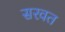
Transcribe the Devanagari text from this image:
सरवत